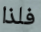
فلذا